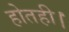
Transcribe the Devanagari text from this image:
होतही।